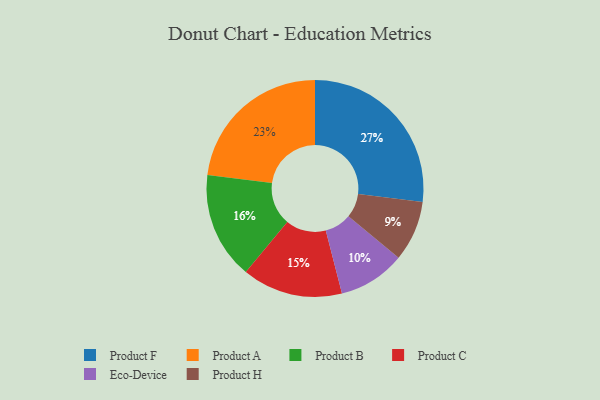
{"axis": {"x": "Category", "y": "Percentage"}, "legend": ["Eco-Device", "Product A", "Product B", "Product C", "Product F", "Product H"], "data": [{"x": "Product F", "y": 27, "type": "Product F"}, {"x": "Product B", "y": 16, "type": "Product B"}, {"x": "Product H", "y": 9, "type": "Product H"}, {"x": "Eco-Device", "y": 10, "type": "Eco-Device"}, {"x": "Product A", "y": 23, "type": "Product A"}, {"x": "Product C", "y": 15, "type": "Product C"}]}